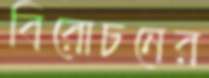
বিরোচনের